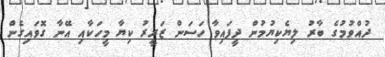
ދުއްވުމުގެ ބާރު ލިޔެކިޔުމުން ދީފައިވާ ހަސަން ޒަރީރު ކިޔާ މީހަކާއި އޭނާ ގޮވައިގެން